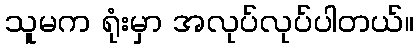
သူမက ရုံးမှာ အလုပ်လုပ်ပါတယ်။